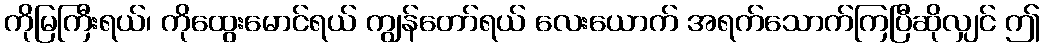
ကိုမြကြီးရယ်၊ ကိုထွေးမောင်ရယ် ကျွန်တော်ရယ် လေးယောက် အရက်သောက်ကြပြီဆိုလျှင် ဤ